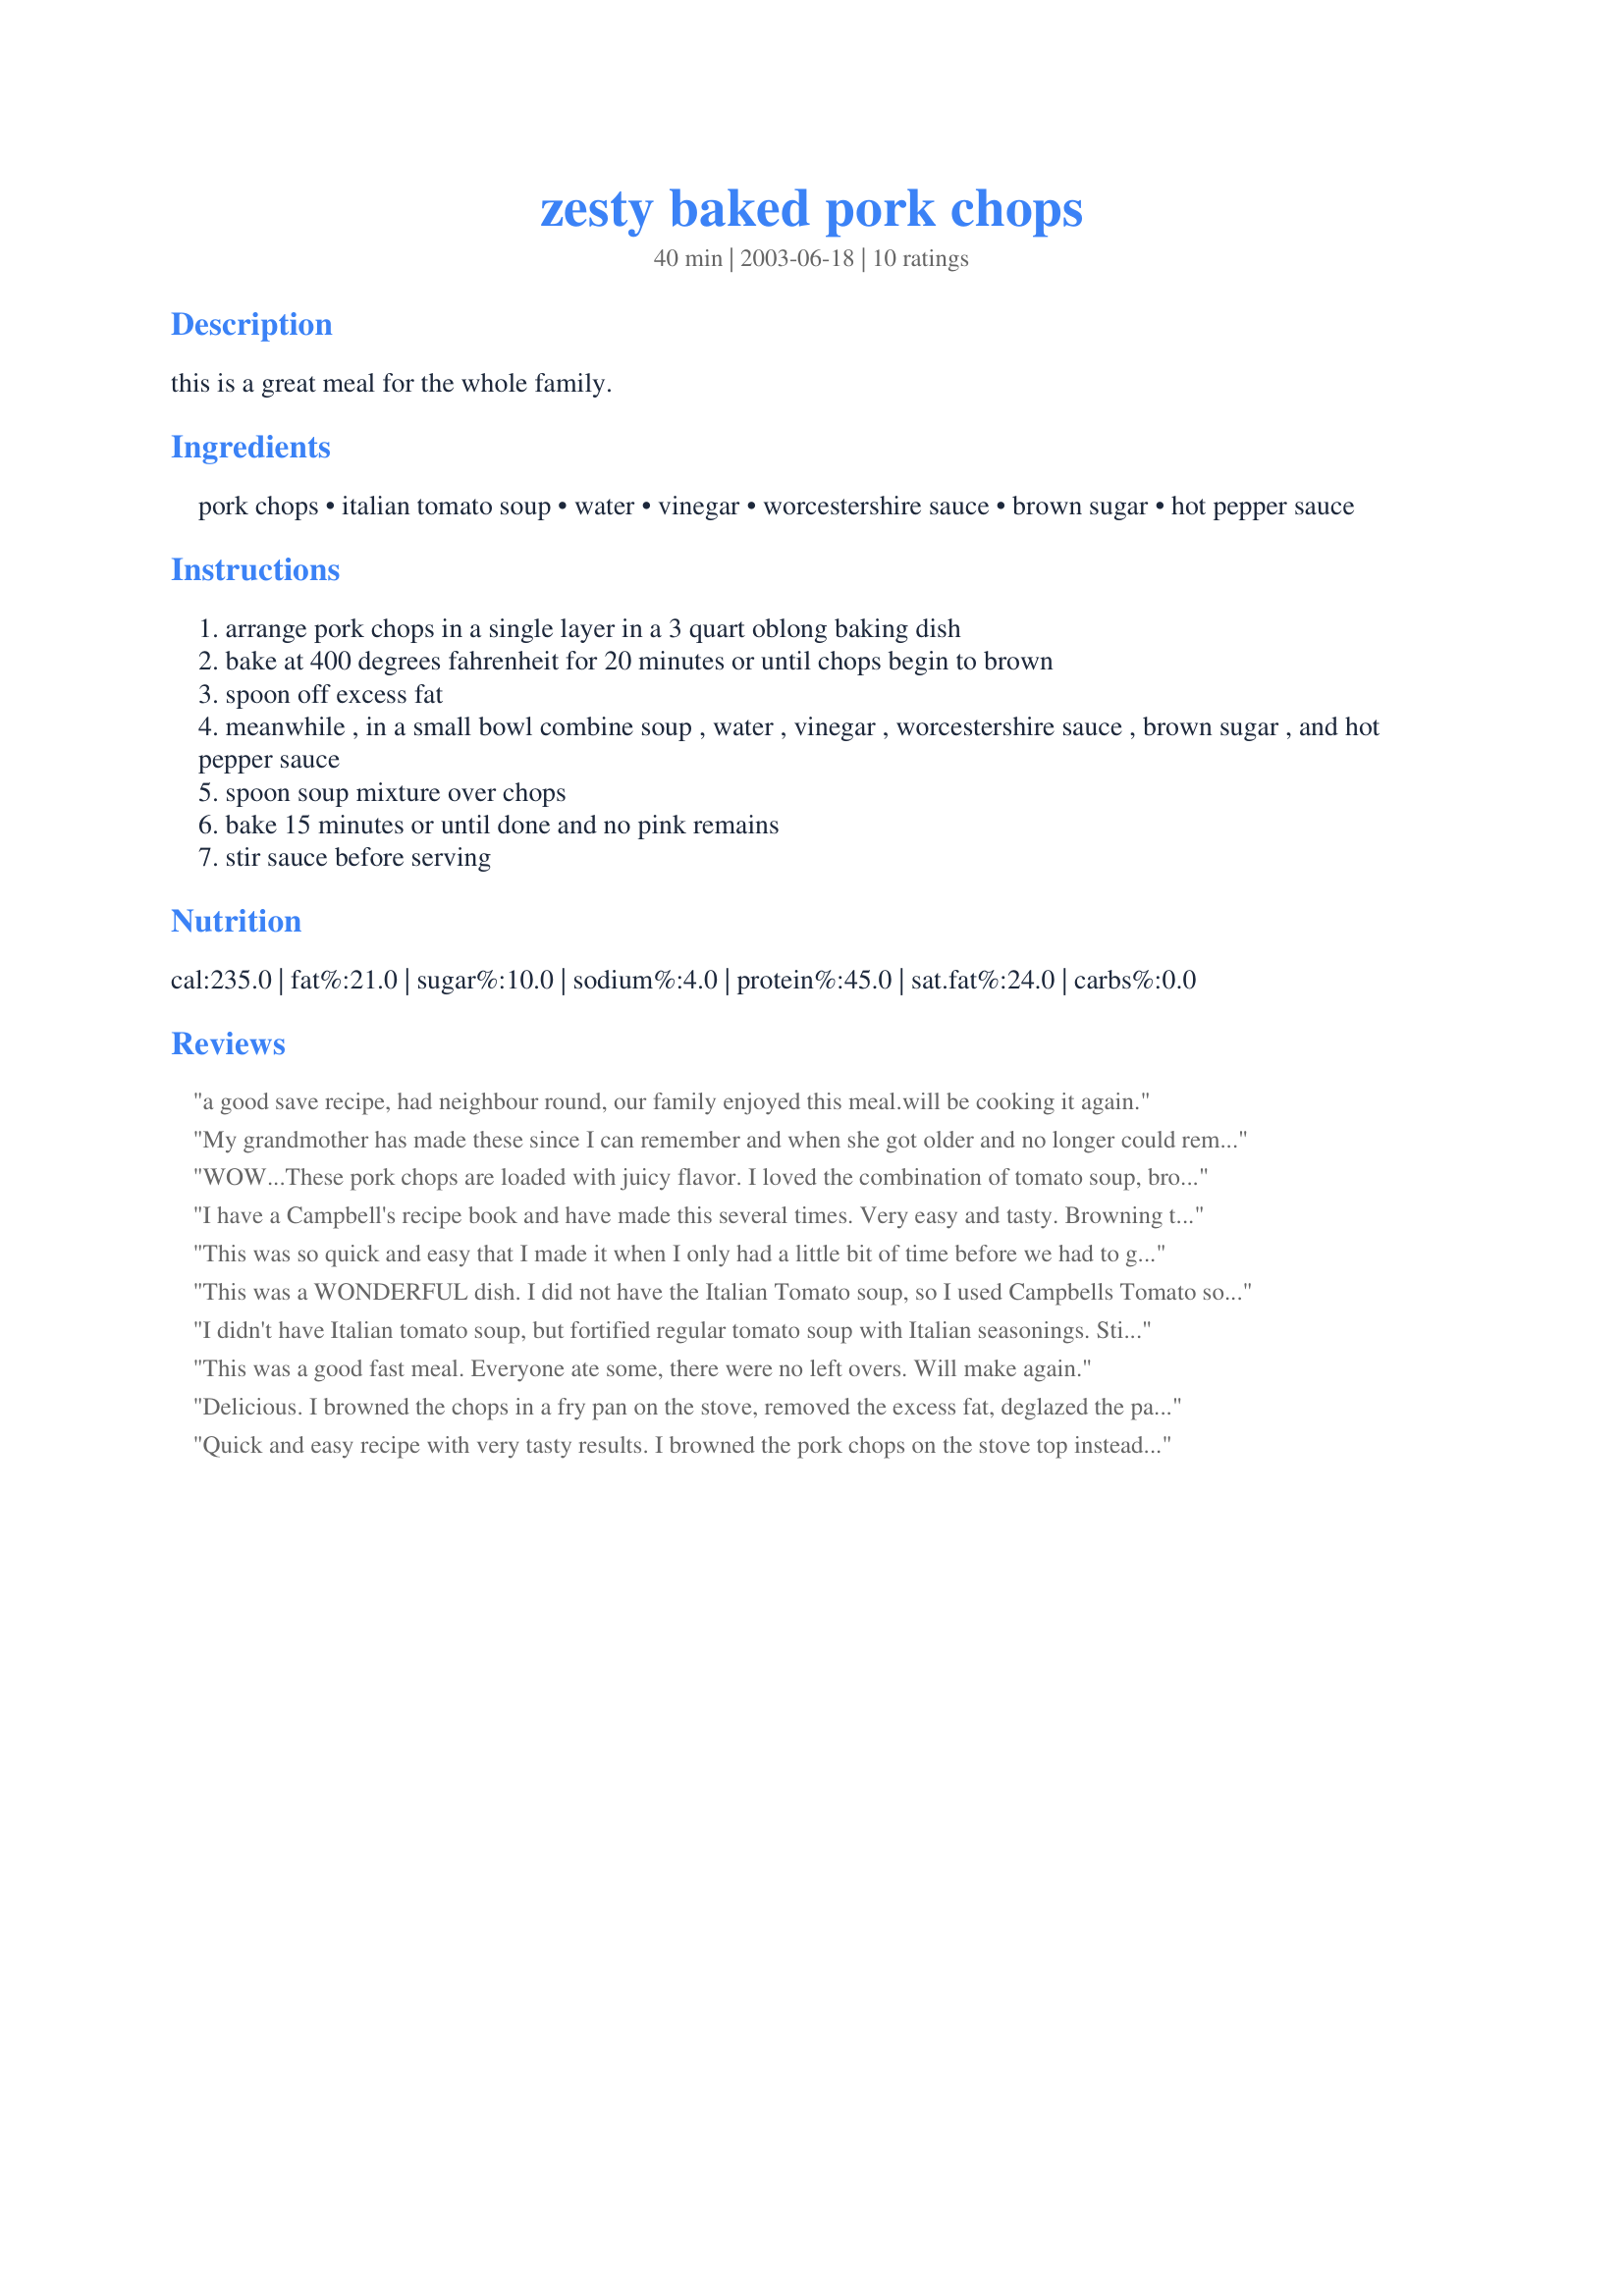
zesty baked pork chops
Preparation time: 40 minutes

this is a great meal for the whole family.

Ingredients:
pork chops, italian tomato soup, water, vinegar, worcestershire sauce, brown sugar, hot pepper sauce

Steps:
arrange pork chops in a single layer in a 3 quart oblong baking dish
bake at 400 degrees fahrenheit for 20 minutes or until chops begin to brown
spoon off excess fat
meanwhile , in a small bowl combine soup , water , vinegar , worcestershire sauce , brown sugar , and hot pepper sauce
spoon soup mixture over chops
bake 15 minutes or until done and no pink remains
stir sauce before serving

Reviews:
a good save recipe, had neighbour round, our family enjoyed this meal.will be cooking it again.
My grandmother has made these since I can remember and when she got older and no longer could remember how to make them I searched and searched forever til I found this recipe and it taste just like my Memaw made them. Best sauce ever that can be served with pork chops, chicken or even a roast if you want that bbq flavor. This dish never gets old.
WOW...These pork chops are loaded with juicy flavor. I loved the combination of tomato soup, brown sugar and hot pepper sauce. I used 1/2 teaspoon of the hot pepper sauce and thought it was perfect, just the right amount of "kick" without burning your mouth. The only thing I did differently was that I seasoned the pork chops with salt, pepper and garlic powder and gave them a quick sear before putting them in the oven. I almost forgot to mention...I couldn't find Italian tomato soup so I just added some Italian seasoning to the soup mix. I can't wait to make these again. Made for Dec. 2010 Let's P-A-R-T-Y.
I have a Campbell's recipe book and have made this several times. Very easy and tasty. Browning them in the oven means less dishes -- always a plus for me. Usually serve with a twisty pasta or egg noodles.
This was so quick and easy that I made it when I only had a little bit of time before we had to go out and forgot to review! lol. I chopped up some potatos and threw them in and the flavor they had from sitting in the sauce was devine (i had to up the bake time alittle bit) I will double the sauce and put more potatos in next time. My only regret is I didnt have italian tomatoe soup, and i put italian seasoning along with some others into regular tomatoe soup... and the italian seasoning didnt soften and kinda stuck out... ill leave it out but thats not the recipes fault
This was a WONDERFUL dish. I did not have the Italian Tomato soup, so I used Campbells Tomato soup instead. I did not add any other seasonings to the mix. However, as Cindy stated above I also pan fried them first. They were moist and delicious. My husband suggested that next time I cut up some potatoes and bake them along with the pork chops. I intend to make this recipe again and again.........It is definately a keeper, thanks for sharing.
I didn't have Italian tomato soup, but fortified regular tomato soup with Italian seasonings. Still needed more. I think I like the idea of frying in a pan first. I would also tenderize the meat as well. Sounds good to serve with white rice.
This was a good fast meal. Everyone ate some, there were no left overs. Will make again.
Delicious. I browned the chops in a fry pan on the stove, removed the excess fat, deglazed the pan with a little of the soup mixture and added it to the pork chops in a 9x13 casserole. Then I baked the pork chops, covered, at 350 degrees for 50 minutes. Thanks for the excellent recipe Shirl.
Quick and easy recipe with very tasty results. I browned the pork chops on the stove top instead of in the oven, then placed the dish, covered with foil, in oven at 350 for 45 mins. Chops were tender and delicious. Mashed potatoes would be an excellent side dish for this meal. The sauce is excellent and does not overpower the chops. Thanks for posting
